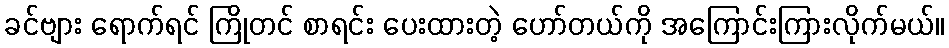
ခင်ဗျား ရောက်ရင် ကြိုတင် စာရင်း ပေးထားတဲ့ ဟော်တယ်ကို အကြောင်းကြားလိုက်မယ်။